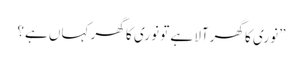
”نوری کا گھرآلا ہے تو نوری کا گھر کہاں ہے؟